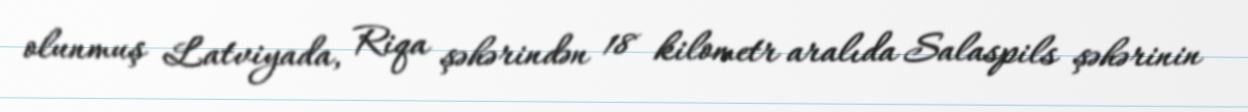
olunmuş Latviyada, Riqa şəhərindən 18 kilometr aralıda Salaspils şəhərinin